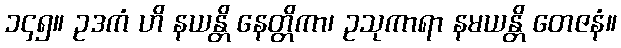
၁၄၅။ ဥဒကံ ဟိ နယန္တိ နေတ္တိကာ၊ ဥသုကာရာ နမယန္တိ တေဇနံ။